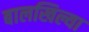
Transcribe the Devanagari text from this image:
बालखिल्या